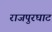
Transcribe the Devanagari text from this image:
राजपुरघाट